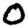
Digit: 0